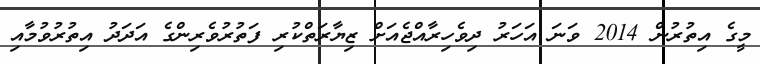
މީގެ އިތުރުން 2014 ވަނަ އަހަރު ދިވެހިރާއްޖެއަށް ޒިޔާރަތްކުރި ފަތުރުވެރިންގެ އަދަދު އިތުރުވުމާއި